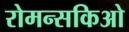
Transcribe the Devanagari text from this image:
रोमन्सकिओ